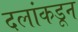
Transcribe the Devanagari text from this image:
दलांकडून